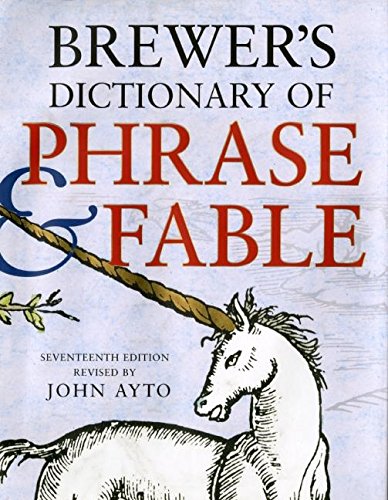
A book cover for Brewer's Dictionary of Phrase and Fable, Seventeenth Edition; John Ayto; Literature & Fiction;